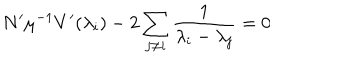
LaTeX: N ^ { \prime } \mu ^ { - 1 } V ^ { \prime } ( \lambda _ { i } ) - 2 \sum _ { j \neq i } \frac 1 { \lambda _ { i } - \lambda _ { j } } = 0